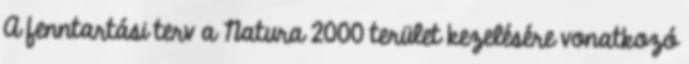
A fenntartási terv a Natura 2000 terület kezelésére vonatkozó